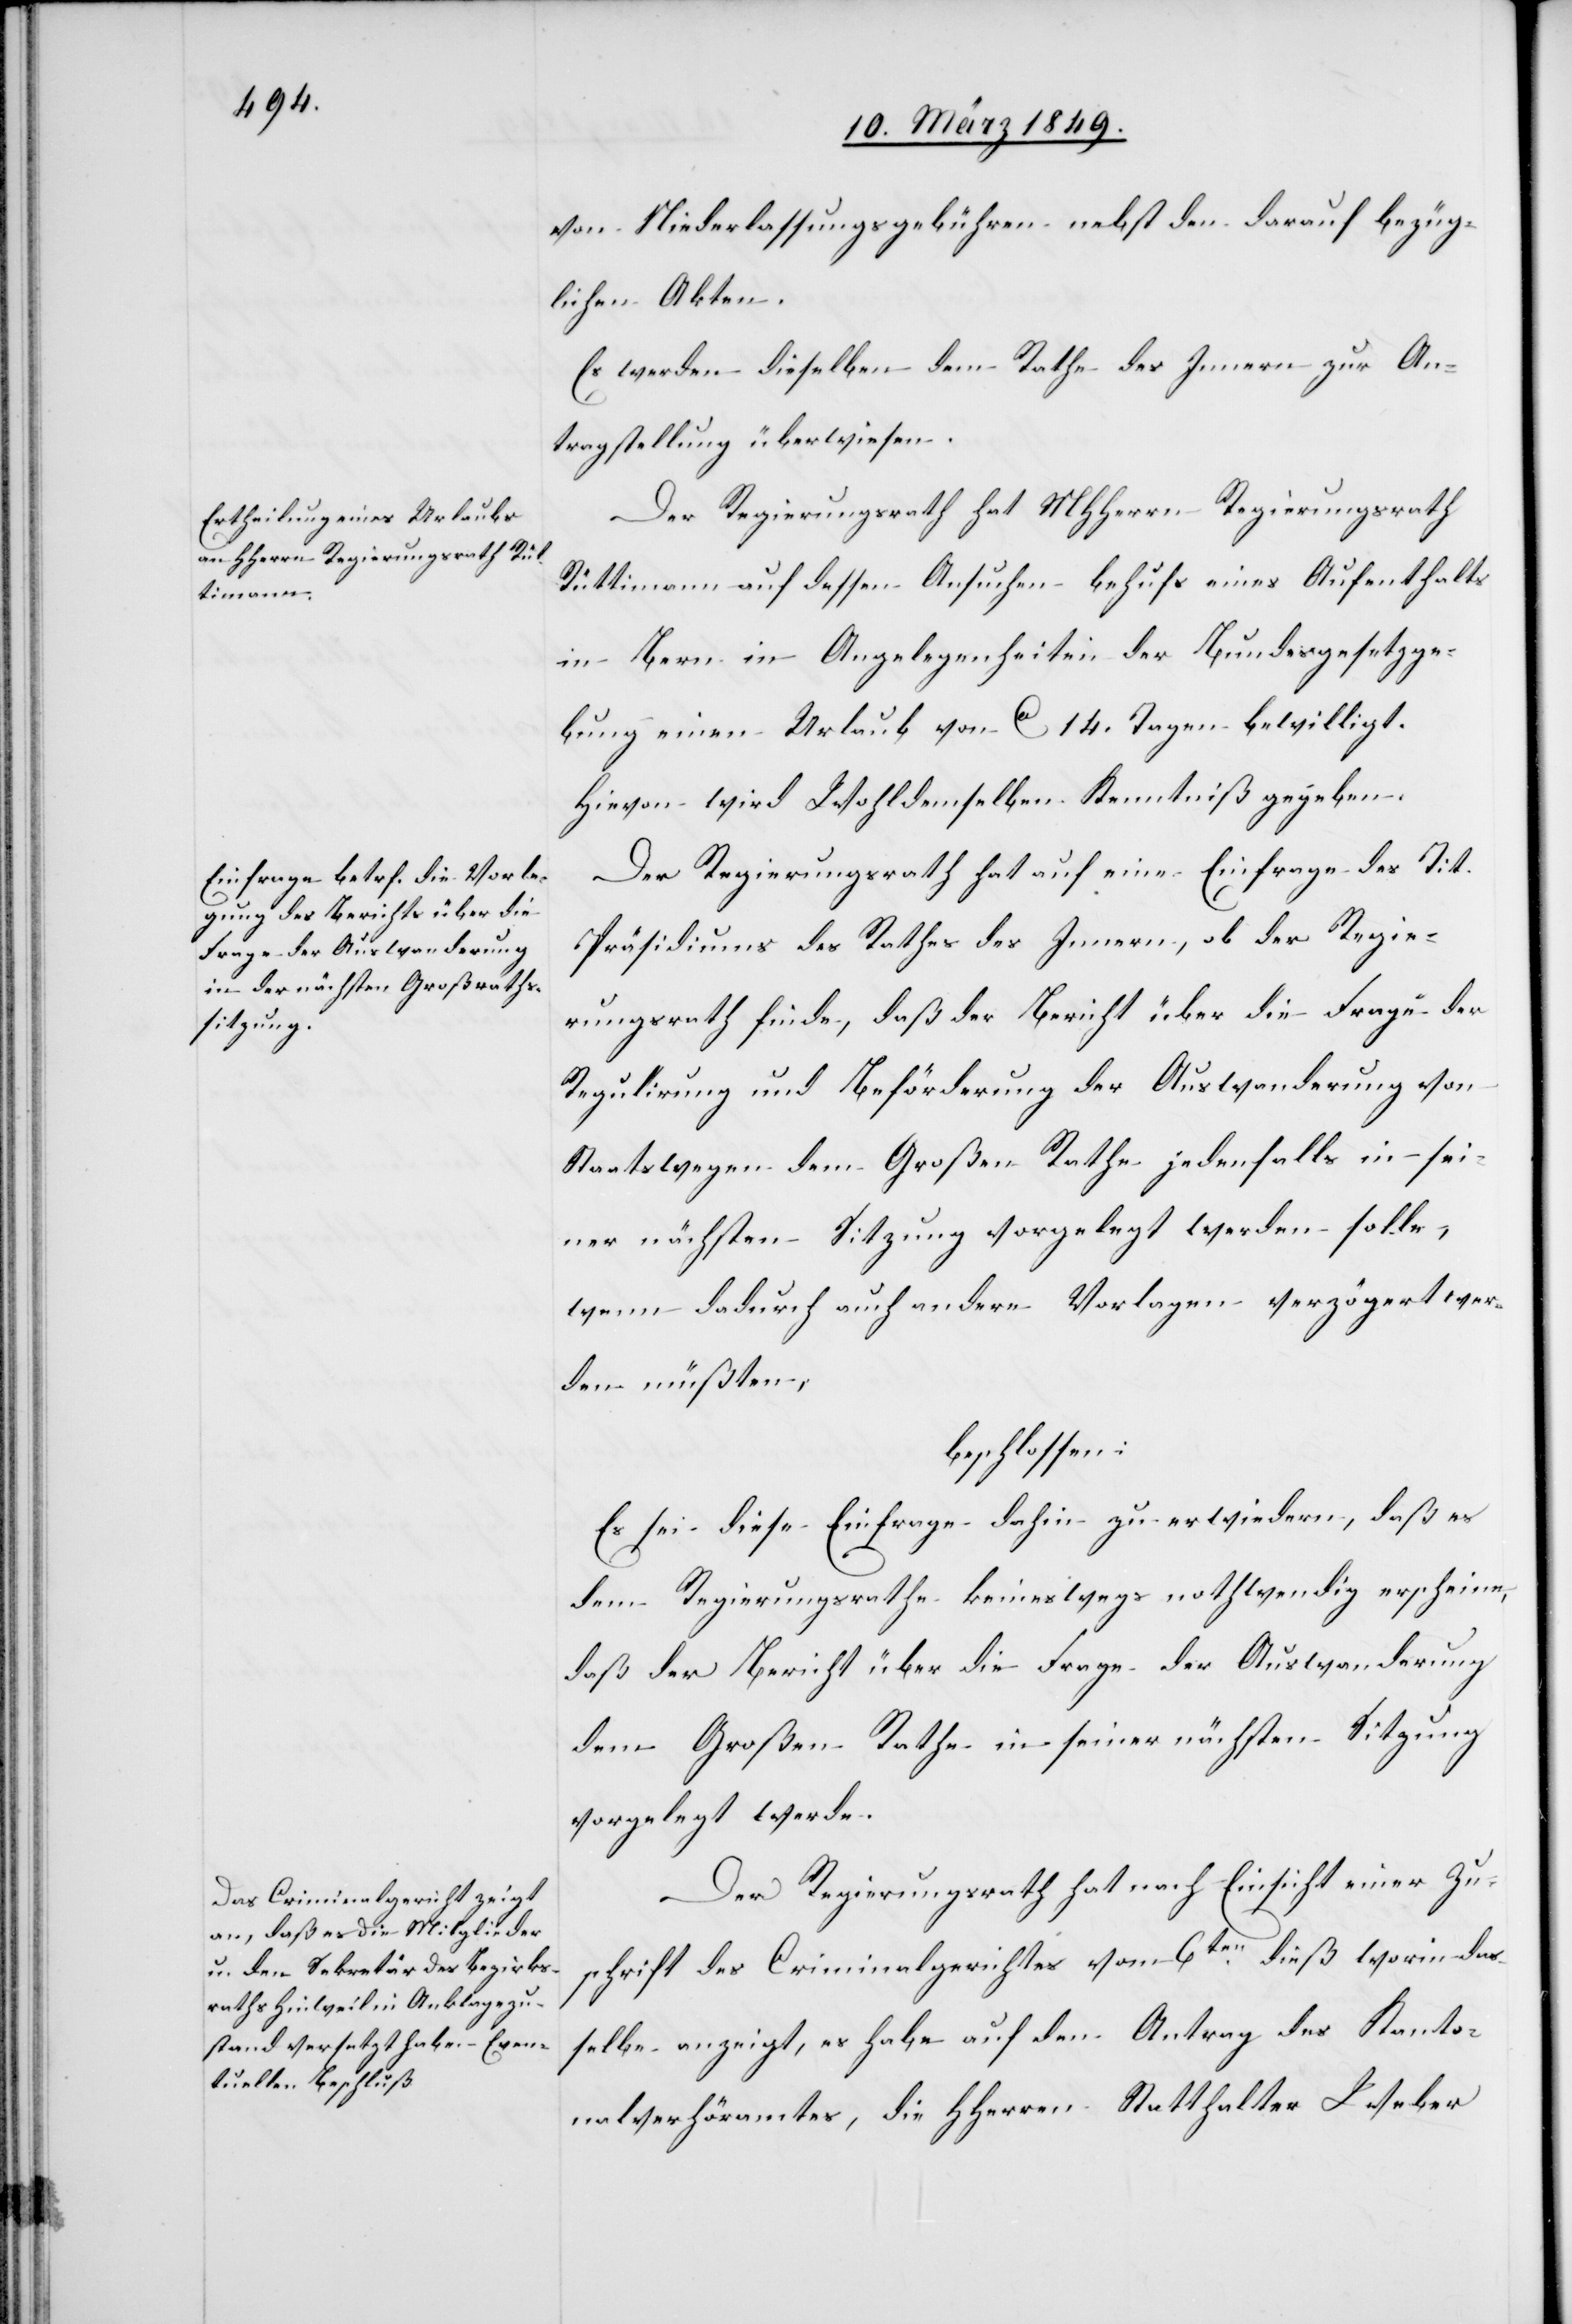
von Niederlassungsgebühren nebst den darauf bezüg¬
lichen Akten.
Es werden dieselben dem Rathe des Innern zur An¬
tragstellung überwiesen.
Der Regierungsrath hat MHHerrn Regierungsrath
Rüttimann auf dessen Ansuchen behufs eines Aufenthalts
in Bern in Angelegenheiten der Bundesgesetzge¬
bung einen Urlaub von ca 14. Tagen bewilligt.
Hievon wird Wohldemselben Kenntniß gegeben.
Der Regierungsrath hat auf eine Einfrage des Tit.
Präsidiums des Rathes des Innern, ob der Regie¬
rungsrath finde, daß der Bericht über die Frage der
Regulirung und Beförderung der Auswanderung von
Staatswegen dem Großen Rathe jedenfalls in sei¬
ner nächsten Sitzung vorgelegt werden solle,
wenn dadurch auch andere Vorlagen verzögert wer¬
den müßten,
beschlossen:
Es sei diese Einfrage dahin zu erwiedern, daß es
dem Regierungsrathe keinesweges nothwendig erscheine,
daß der Bericht über die Frage der Auswanderung
dem Großen Rathe in seiner nächsten Sitzung
vorgelegt werde.
Der Regierungsrath hat nach Einsicht einer Zu¬
schrift des Criminalgerichtes vom 6ten. dieß worin das¬
selbe anzeigt, es habe auf den Antrag des Kanto¬
nalverhöramtes, die HHerren Statthalter Weber